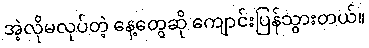
အဲ့လိုမလုပ်တဲ့ နေ့တွေဆို ကျောင်းပြန်သွားတယ်။